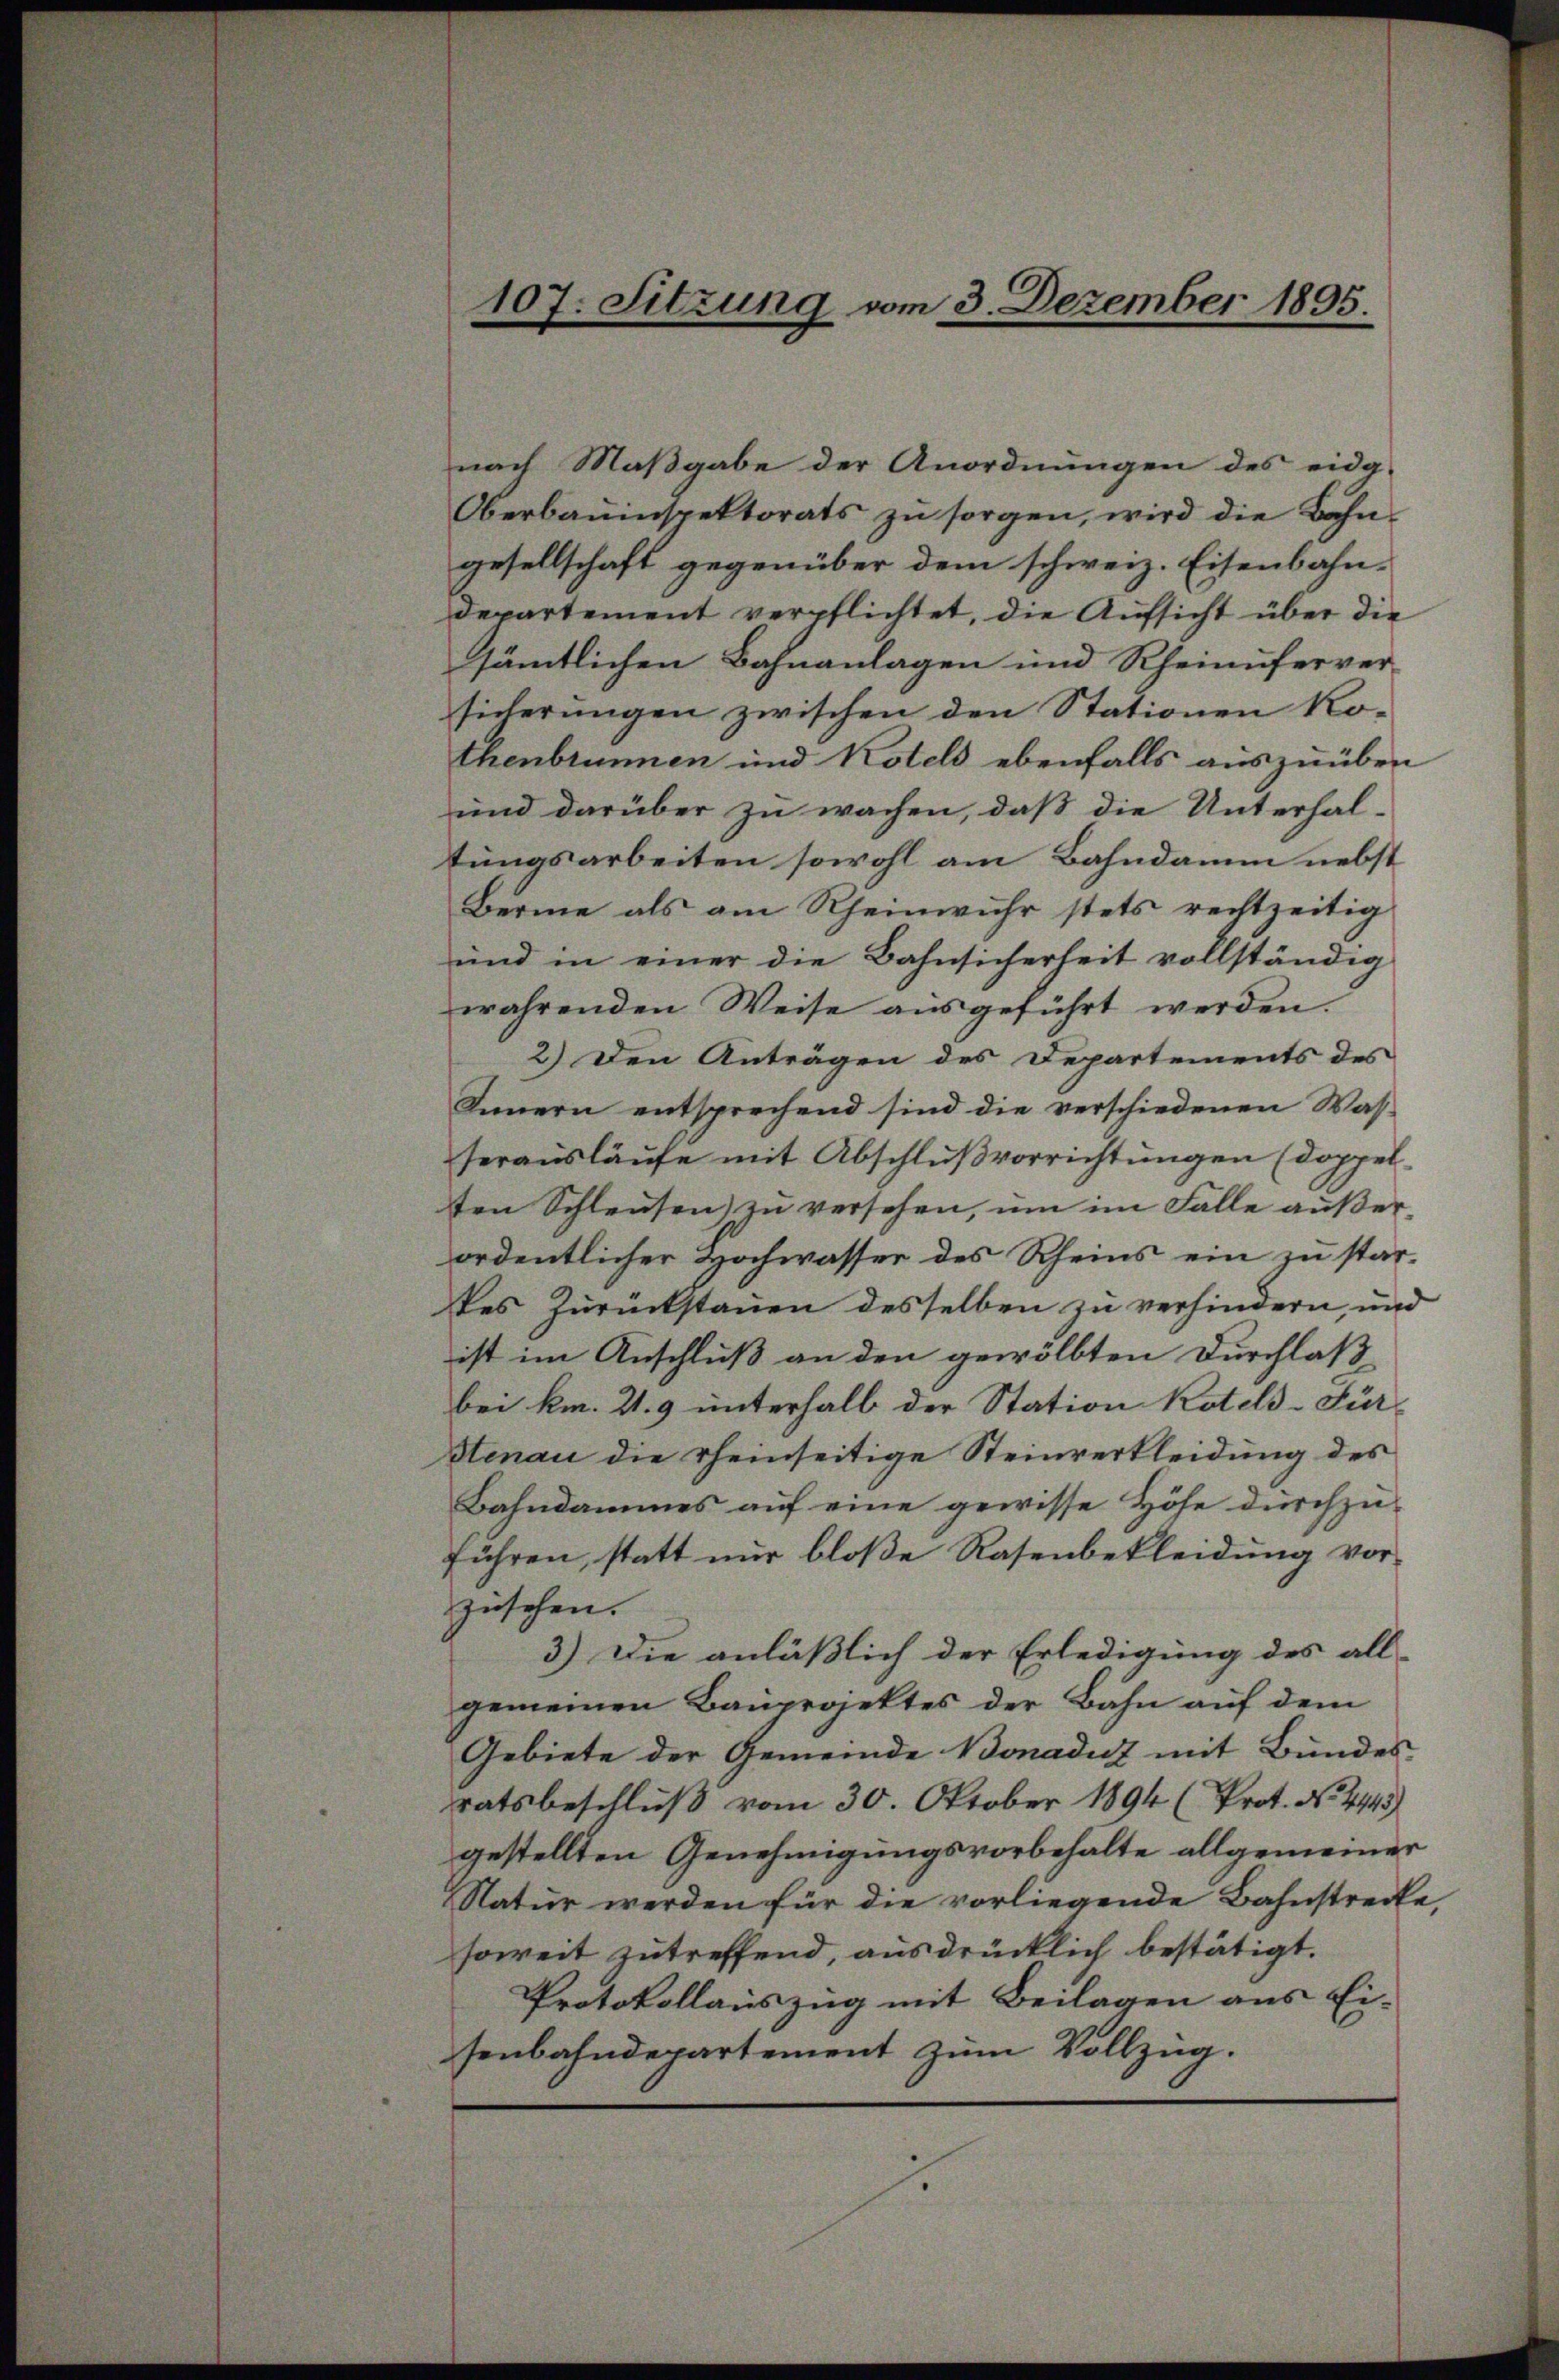
nach Maßgabe der Anordnungen des eida-
Oberbauinspektorats zu sorgen, wird die Bahn-
gesellschaft gegenüber dem schweiz. Eisenbahn-
departement verpflichtet, die Aufsicht über die
sämtlichen Bahnanlagen und Rheinuferver-
sicherungen zwischen den Stationen Ko-
thenbrunnen und Kotels ebenfalls auszuüben
und darüber zu wachen, daß die Unterhal-
tungsarbeiten sowohl am Bahndamm nebst
Berne als am Rheinwuhr stets rechtzeitig
und in einer die Bahnsicherheit vollständig
währenden Weise ausgeführt werden.
2.) Den Anträgen des Departements des
Innern entsprechend sind die verschiedenen Was-
herausläufe mit Abschlußvorrichtungen (doppelten Schleusen) zu versehen, um im Falle außerordentlicher Hochwasser des Rheins ein zu stardes Zurückstauen desselben zu verhindern, und
ist im Anschluß an den gewölbten Durchlaß
bei km. Z. 9 unterhalb der Station Kotels-Für-
Stenau die reinseitige Steinverkleidung des
Bahndammes auf eine gewisse Höhe durchzu-
führen, statt nur bloße Rasenbekleidung vor-
zusehen.
3.) Die anläßlich der Erledigung des all-
gemeinen Bauprojektes der Bahn auf dem
Gebiete der Gemeinde Bonaduz mit Bundes
ratsbeschluß vom 30. Oktober 1894 (Prot. No. 4443)
gestellten Genehmigungsvorbehalte allgemeiner
Natur werden für die vorliegende Bahnstrecke,
soweit zutreffend, ausdrücklich bestätigt.
Protokollauszug mit Beilagen aus Ei-
senbahndepartement zum Vollzug.

107. Sitzung vom 3. Dezember 1895.